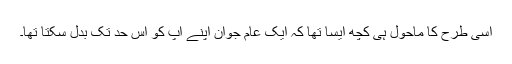
اسی طرح کا ماحول ہی کچھ ایسا تھا کہ ایک عام جوان اپنے آپ کو اس حد تک بدل سکتا تھا۔